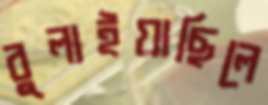
বুলাইয়াছিলে